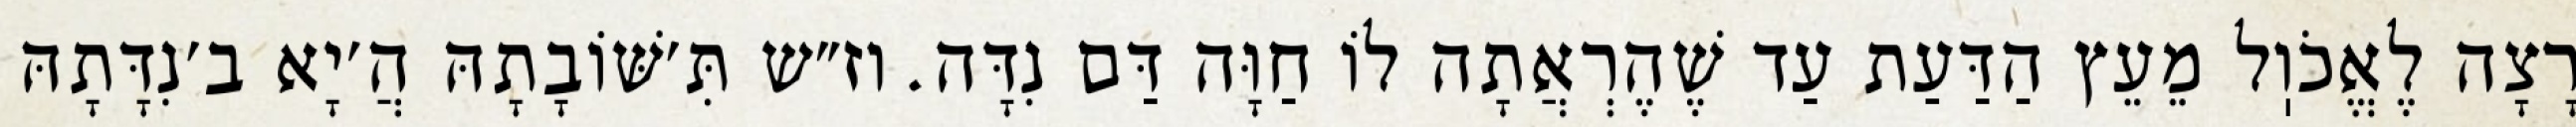
רָצָה לֶאֱכֹוֽל מֵעֵץ הַדַּעַת עַד שֶׁהֶרְאֲתָה לוֹ חַוָּה דַּם נִדָּה. וז״ש תִּ׳שּׁוֹבָתָהּ הֲ׳יָא ב׳נִדָּתָהּ